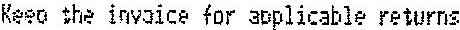
KEEP THE INVOICE FOR APPLICABLE RETURNS